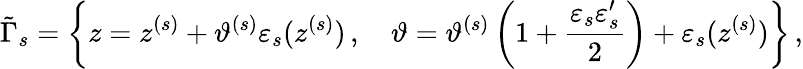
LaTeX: \tilde{\Gamma}_{s}=\left\{ z=z^{(s)}+\vartheta^{(s)}\varepsilon_{s}(z^{(s)})\, ,\quad\vartheta=\vartheta^{(s)}\left(1+\frac{\varepsilon_{s}\varepsilon_{s}^{\prime}}2\right)+\varepsilon_{s}(z^{(s)})\right\} \, ,